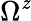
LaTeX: \Omega^{\mathit{z}}